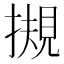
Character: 摫